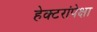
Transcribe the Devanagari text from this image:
हेक्टरांपेक्षा